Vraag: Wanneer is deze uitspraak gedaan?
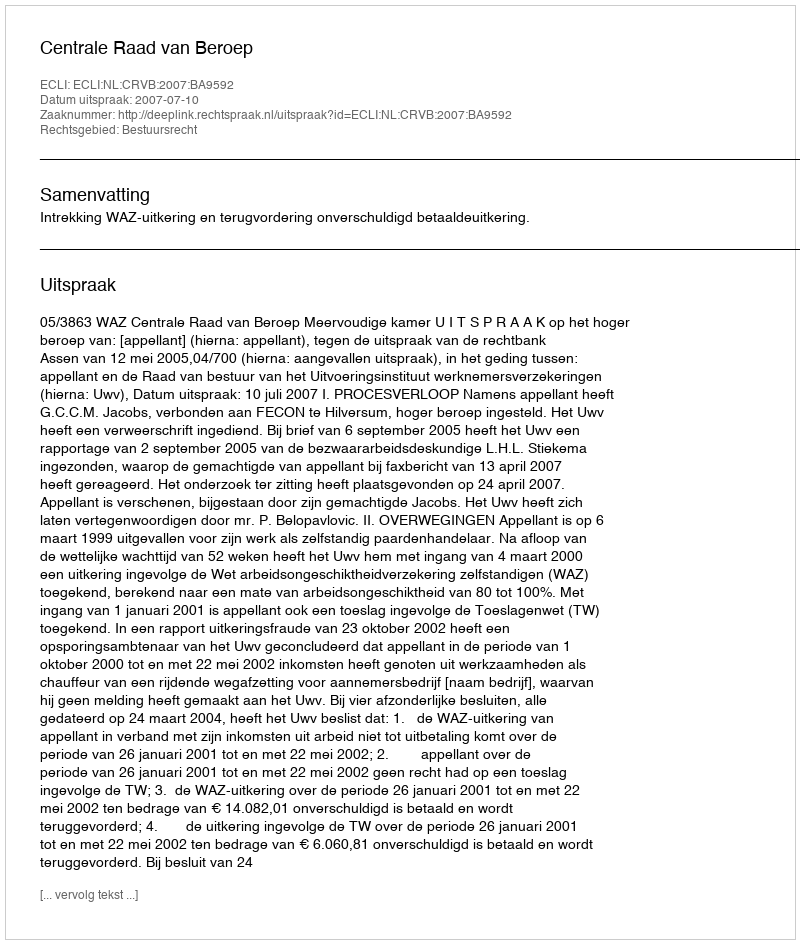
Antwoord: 2007-07-10